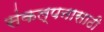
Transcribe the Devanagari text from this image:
संकल्पनासाठी